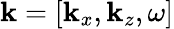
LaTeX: \boldsymbol{\mathbf{k}}=[\mathbf{k}_{x},\mathbf{k}_{z},\omega]